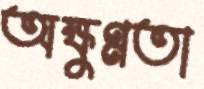
অক্ষুণ্ণতা